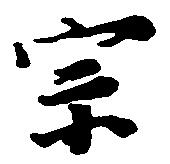
宗